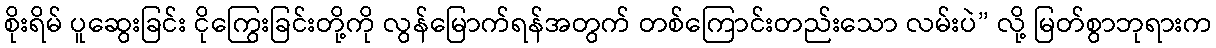
စိုးရိမ် ပူဆွေးခြင်း ငိုကြွေးခြင်းတို့ကို လွန်မြောက်ရန်အတွက် တစ်ကြောင်းတည်းသော လမ်းပဲ” လို့ မြတ်စွာဘုရားက